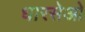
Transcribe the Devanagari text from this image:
धारसेओ